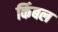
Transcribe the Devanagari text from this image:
किंबल